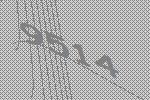
9514